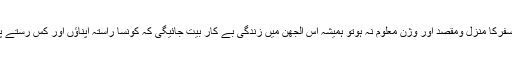
اگر اس سفرکا منزل ومقصد اور وژن معلوم نہ ہوتو ہمیشہ اس الجھن میں زندگی بے کار بیت جائیگی کہ کونسا راستہ اپناؤں اور کس رستے پر چلوں۔